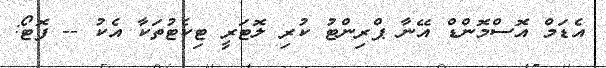
އެޑަމް އޮސްމޮންޑް އޭނާ ޕްރިންޓު ކުރި ލޮޓަރީ ޓިކެޓުތަކާ އެކު -- ފޮޓޯ: